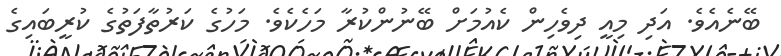
ބޭނެއެވެ. އަދި މިއީ ދިވެހިން ކެއުމަށް ބޭނުންކުރާ މަހެކެވެ. މަހުގެ ކަރުތާފަތުގެ ކުރީބައިގެ